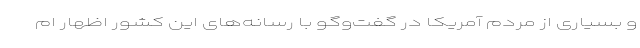
و بسیاری از مردم آمریکا در گفت‌وگو با رسانه‌های این کشور اظهار ام